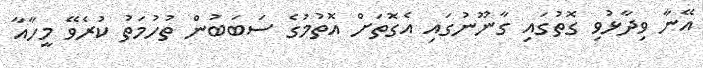
އޭނާ ވިދާޅުވި ގޮތުގައި ގާނޫނުގައި އެގޮތަށް އޮތުމުގެ ސަބަބުން ތުހުމަތު ކުރެވޭ މީހާއާ